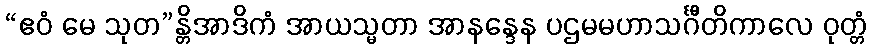
“ဧဝံ မေ သုတ”န္တိအာဒိကံ အာယသ္မတာ အာနန္ဒေန ပဌမမဟာသင်္ဂီတိကာလေ ဝုတ္တံ